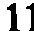
11